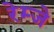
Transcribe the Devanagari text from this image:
रेम्जे